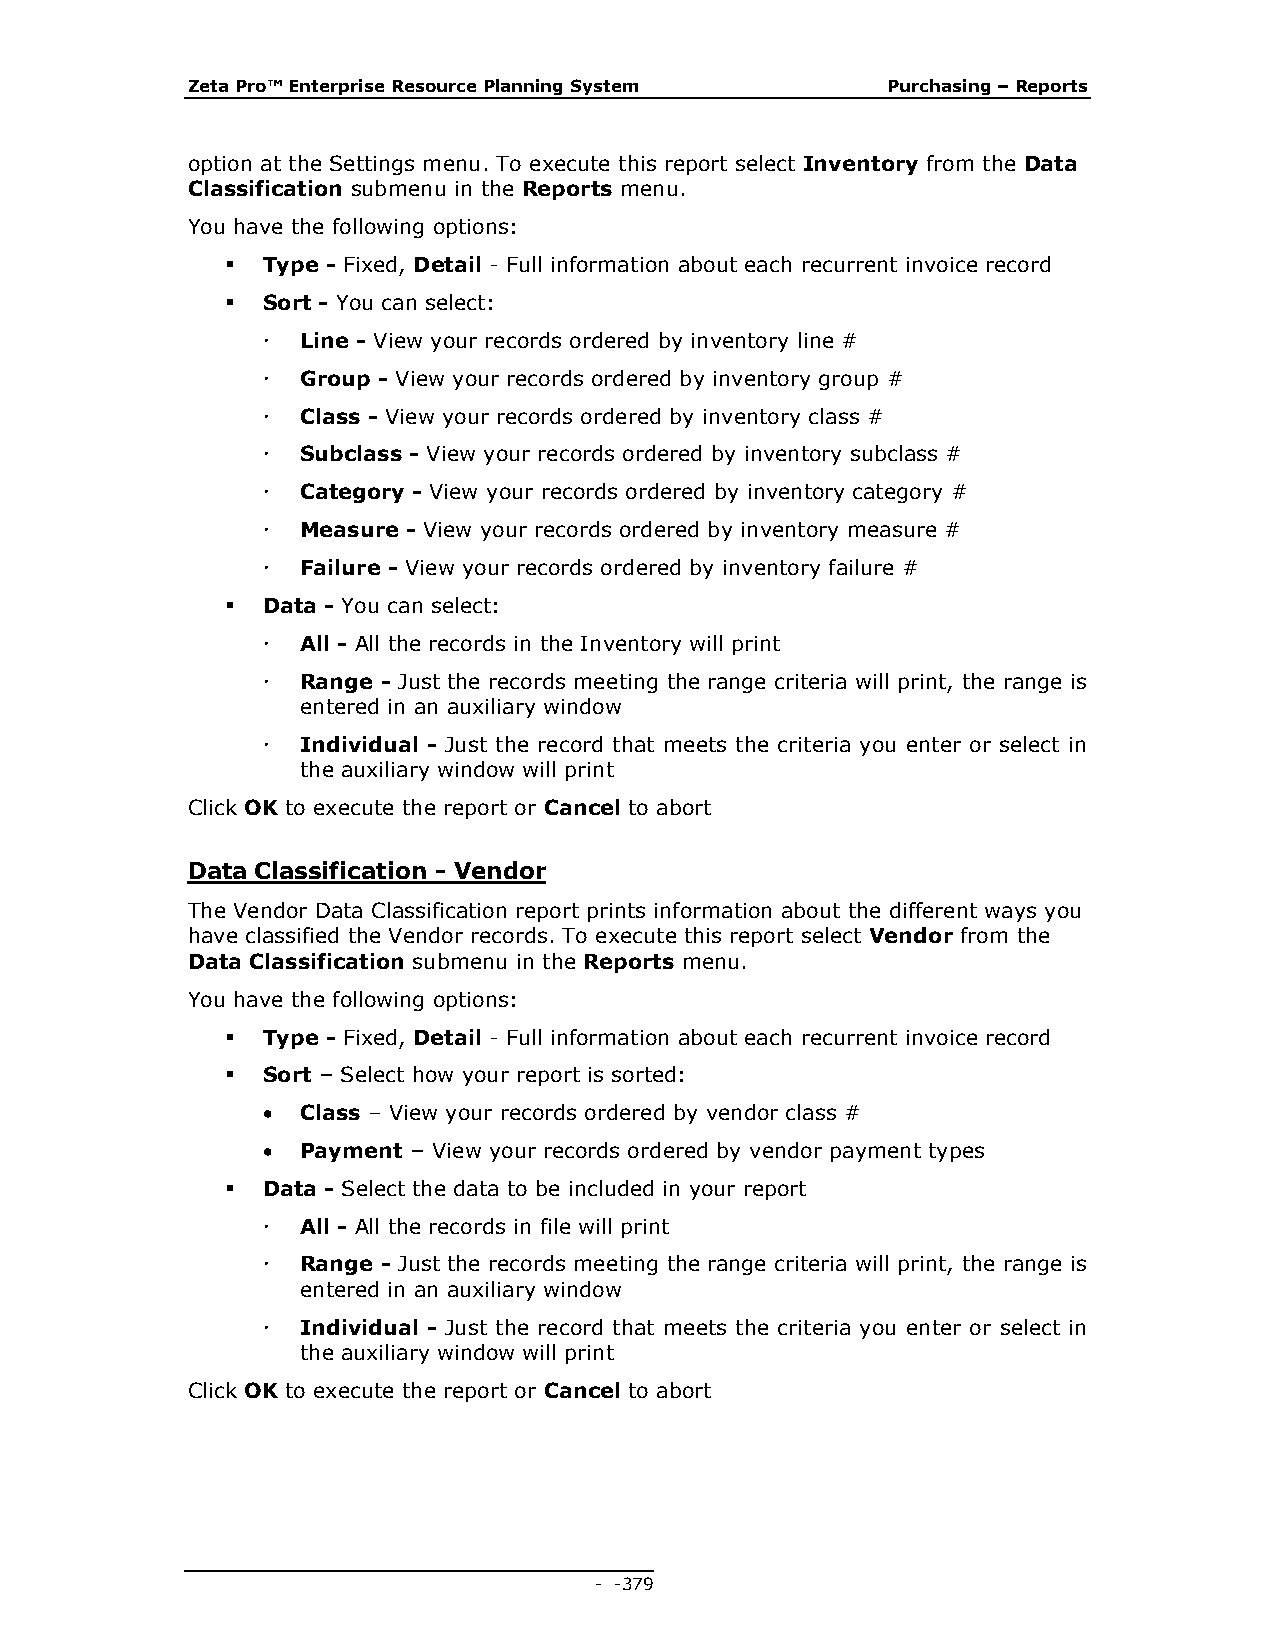
Zeta Pro™ Enterprise Resource Planning System  Purchasing – Reports
 option at the Settings menu. To execute this report select Inventory from the Data
 Classification submenu in the Reports menu.
 You have the following options:
  Type - Fixed, Detail - Full information about each recurrent invoice record
  Sort - You can select:
   Line - View your records ordered by inventory line #
   Group - View your records ordered by inventory group #
   Class - View your records ordered by inventory class #
   Subclass - View your records ordered by inventory subclass #
   Category - View your records ordered by inventory category #
   Measure - View your records ordered by inventory measure #
   Failure - View your records ordered by inventory failure #
  Data - You can select:
   All - All the records in the Inventory will print
   Range - Just the records meeting the range criteria will print, the range is
 entered in an auxiliary window
   Individual - Just the record that meets the criteria you enter or select in
 the auxiliary window will print
 Click OK to execute the report or Cancel to abort
 Data Classification - Vendor
 The Vendor Data Classification report prints information about the different ways you
 have classified the Vendor records. To execute this report select Vendor from the
 Data Classification submenu in the Reports menu.
 You have the following options:
  Type - Fixed, Detail - Full information about each recurrent invoice record
  Sort – Select how your report is sorted:
   Class – View your records ordered by vendor class #
   Payment – View your records ordered by vendor payment types
  Data - Select the data to be included in your report
   All - All the records in file will print
   Range - Just the records meeting the range criteria will print, the range is
 entered in an auxiliary window
   Individual - Just the record that meets the criteria you enter or select in
 the auxiliary window will print
 Click OK to execute the report or Cancel to abort
 - - 379